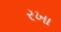
રખા